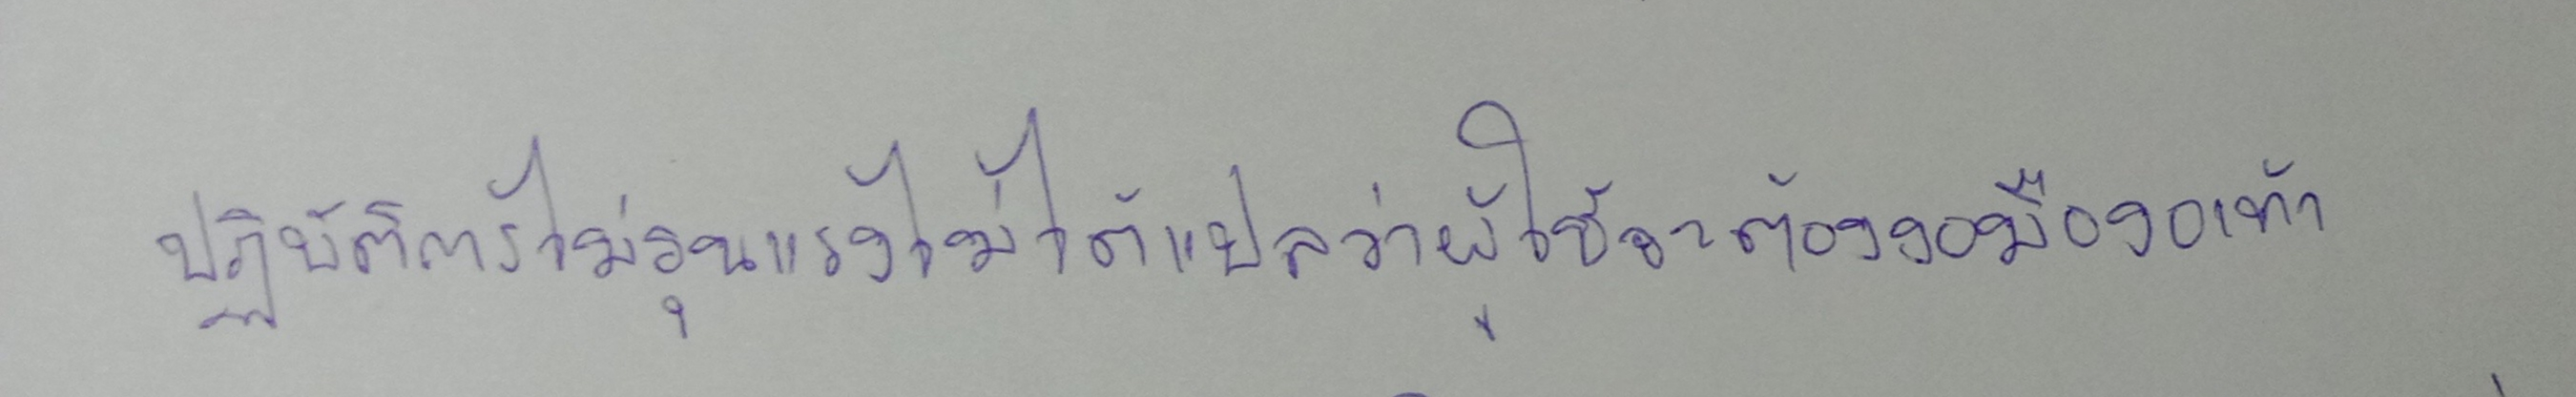
ปฏิบัติการไม่รุนแรงไม่ได้แปลว่าผู้ใช้จะต้องงอมืองอเท้า